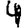
Digit: 4